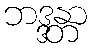
ဘဒ္ဒန္တာ